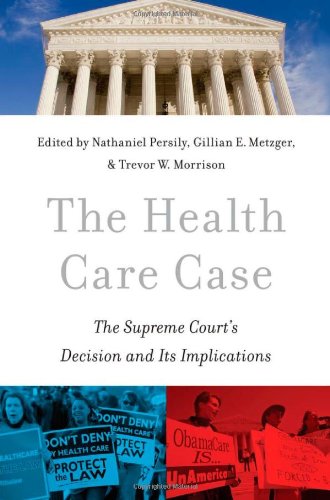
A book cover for The Health Care Case: The Supreme Court's Decision and Its Implications; Medical Books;